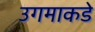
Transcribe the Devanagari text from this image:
उगमाकडे